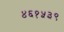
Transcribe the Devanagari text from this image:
४६१५३९